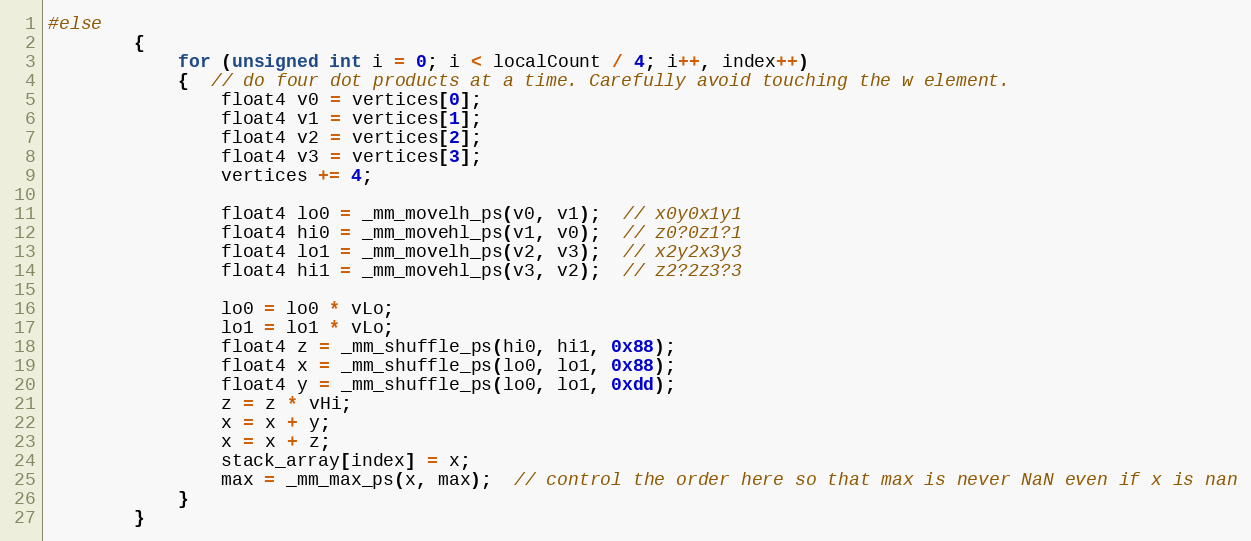
Language: C++
#else
		{
			for (unsigned int i = 0; i < localCount / 4; i++, index++)
			{  // do four dot products at a time. Carefully avoid touching the w element.
				float4 v0 = vertices[0];
				float4 v1 = vertices[1];
				float4 v2 = vertices[2];
				float4 v3 = vertices[3];
				vertices += 4;

				float4 lo0 = _mm_movelh_ps(v0, v1);  // x0y0x1y1
				float4 hi0 = _mm_movehl_ps(v1, v0);  // z0?0z1?1
				float4 lo1 = _mm_movelh_ps(v2, v3);  // x2y2x3y3
				float4 hi1 = _mm_movehl_ps(v3, v2);  // z2?2z3?3

				lo0 = lo0 * vLo;
				lo1 = lo1 * vLo;
				float4 z = _mm_shuffle_ps(hi0, hi1, 0x88);
				float4 x = _mm_shuffle_ps(lo0, lo1, 0x88);
				float4 y = _mm_shuffle_ps(lo0, lo1, 0xdd);
				z = z * vHi;
				x = x + y;
				x = x + z;
				stack_array[index] = x;
				max = _mm_max_ps(x, max);  // control the order here so that max is never NaN even if x is nan
			}
		}